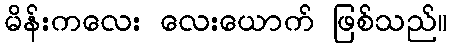
မိန်းကလေး လေးယောက် ဖြစ်သည်။